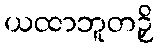
ယထာဘူတဉှိ